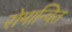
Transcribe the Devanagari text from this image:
रोमान्चित